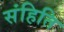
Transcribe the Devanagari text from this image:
संहिति